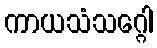
ကာယသံသဂ္ဂေါ